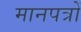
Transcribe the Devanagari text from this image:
मानपत्रों